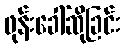
ဖုန်းခေါ်ဆိုခြင်း